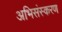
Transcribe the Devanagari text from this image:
अभिसंस्करण